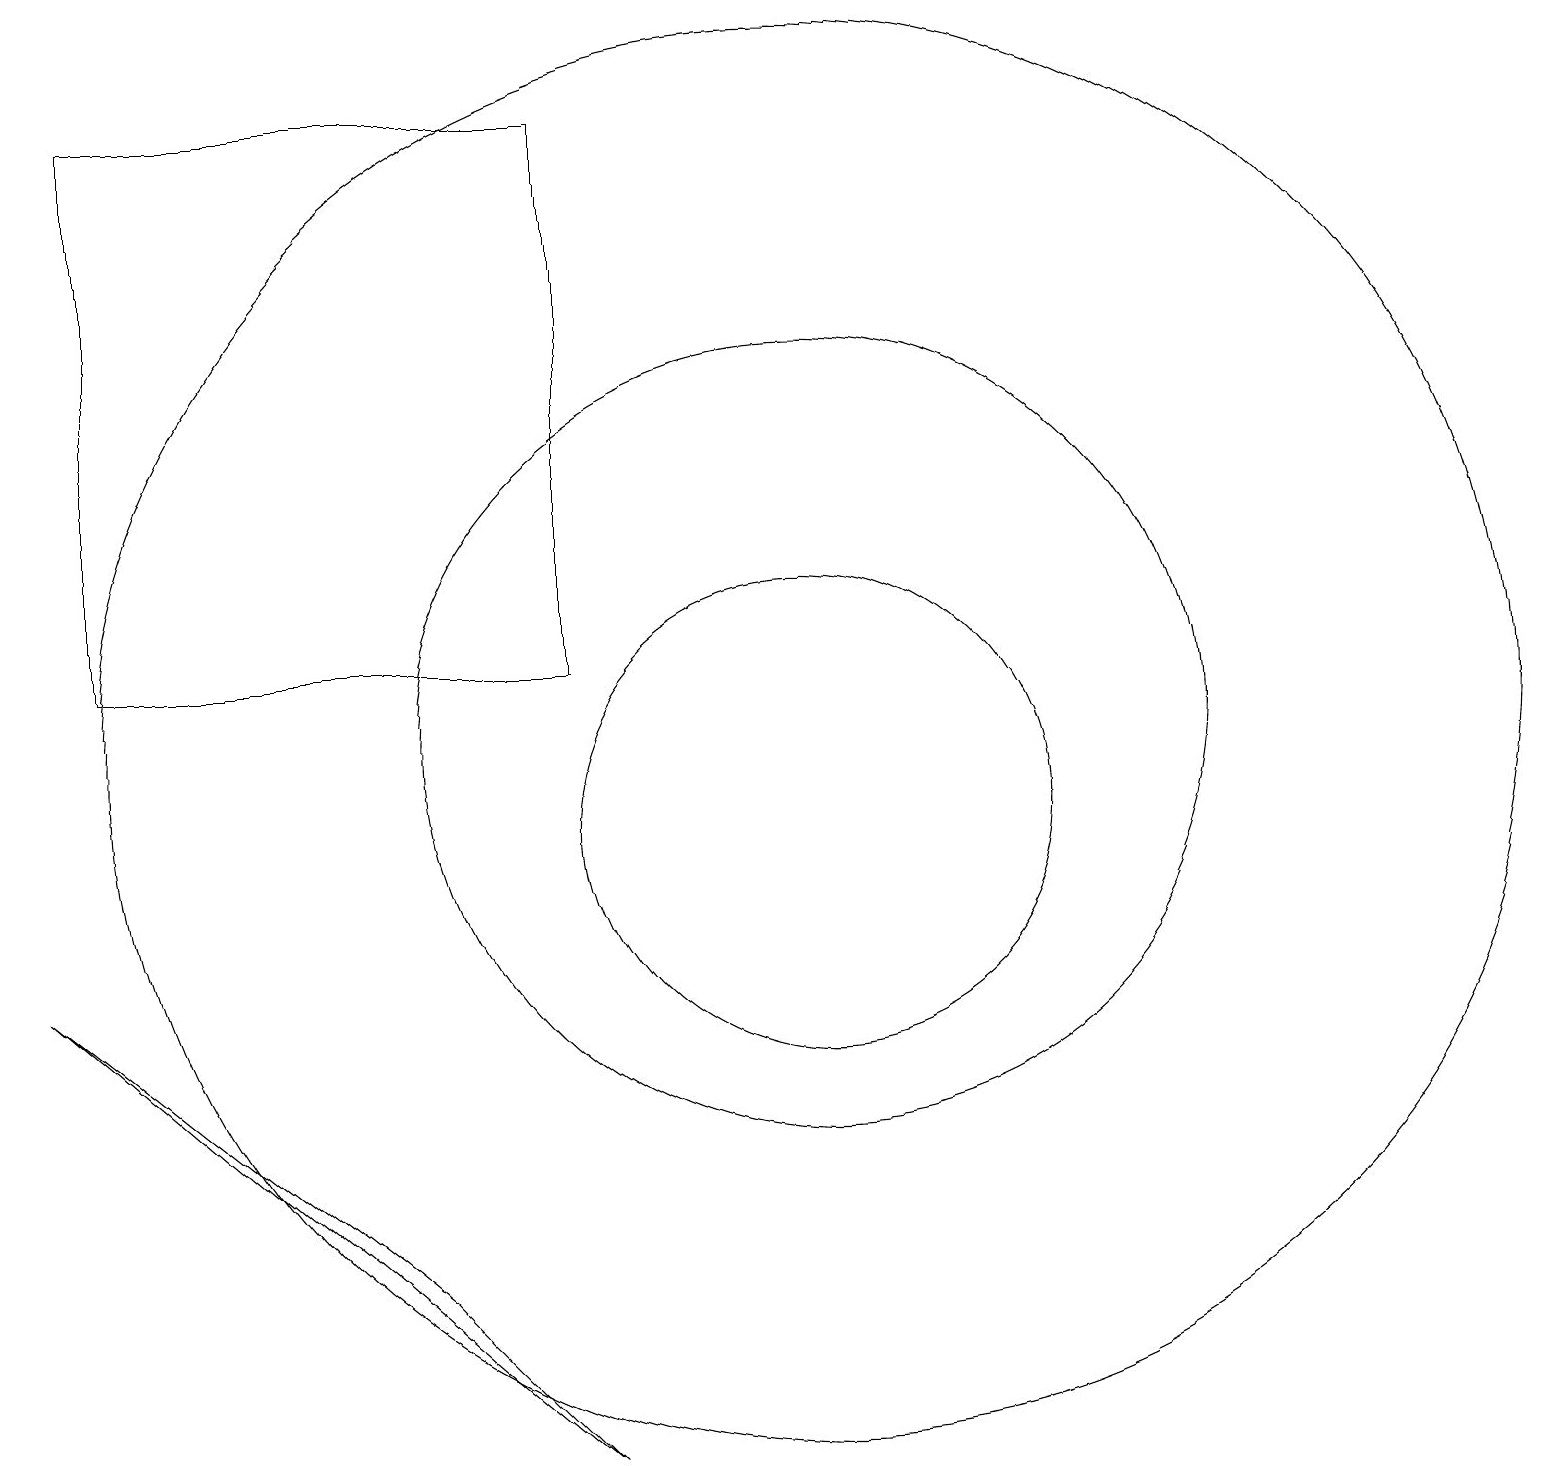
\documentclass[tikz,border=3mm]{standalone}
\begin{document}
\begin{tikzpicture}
\draw (11,10) circle (3);
\draw (11,11) circle (9);
\draw (8,12) rectangle (2,19);
\draw (6,4) -- (1,8) -- (8,2) -- cycle;
\draw (11,11) circle (5);
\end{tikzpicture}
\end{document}